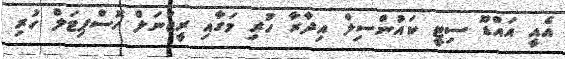
އެއީ އައްޑޫ ސިޓީ ކައުންސިލް އިދާރާ ހުރި މަގާއި ރީޖަނަލް ހޮސްޕިޓަލް ހުރި